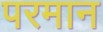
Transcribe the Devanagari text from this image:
परमान